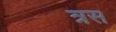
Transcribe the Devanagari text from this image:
त्रस